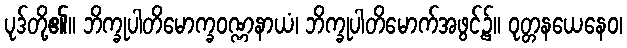
ပုဒ်တို့၏။ ဘိက္ခုပါတိမောက္ခဝဏ္ဏနာယံ၊ ဘိက္ခုပါတိမောက်အဖွင့်၌။ ဝုတ္တနယေနေဝ၊